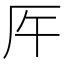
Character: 𠨺